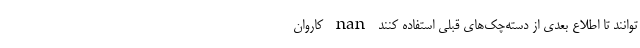
‌توانند تا اطلاع بعدی از دسته‌چک‌های قبلی استفاده کنند nan کاروان